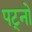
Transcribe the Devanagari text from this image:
पट्नो